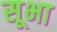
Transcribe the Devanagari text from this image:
सूभा